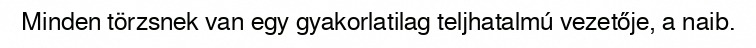
Minden törzsnek van egy gyakorlatilag teljhatalmú vezetője, a naib.